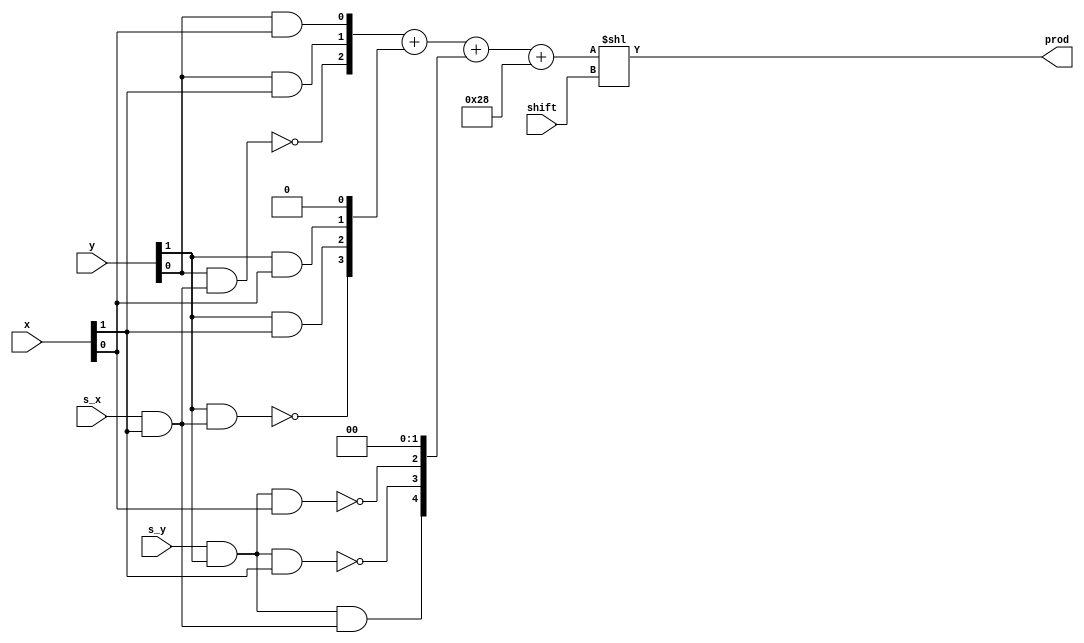
module bitbrick (
    input [1:0] x,
    input s_x,
    input [1:0] y,
    input s_y,
    input [2:0] shift,
    output [9:0] prod
    );

    /* ORIGINAL VERSION */

    /*wire [2:0] x1, y1;
    wire ha0_co;
    wire fa0_sum, fa0_co;
    wire ha1_co;
    wire fa1_sum, fa1_co;
    wire ha2_co;
    wire [5:0] p;
    wire fa2_sum, fa2_co;

    assign x1[1:0] = x[1:0];
    assign y1[1:0] = y[1:0];

    assign x1[2] = s_x & x[1];
    assign y1[2] = s_y & y[1];

    assign p[0] = x1[0] & y1[0];

    half_adder ha0(
        .in1(x1[1] & y1[0]), 
        .in2(x1[0] & y1[1]), 
        .sum(p[1]), 
        .carry_out(ha0_co)
        );

    full_adder fa0(
        .in1(~(x1[0] & y1[2])), 
        .in2(x1[1] & y1[1]), 
        .carry_in(ha0_co),
        .sum(fa0_sum),
        .carry_out(fa0_co)
        );



    half_adder ha1(
        .in1(fa0_sum), 
        .in2(~(x1[2] & y1[0])), 
        .sum(p[2]), 
        .carry_out(ha1_co)
        );

    full_adder fa1(
        .in1(~(x1[1] & y1[2])), 
        .in2(~(x1[2] & y1[1])), 
        .carry_in(fa0_co),
        .sum(fa1_sum),
        .carry_out(fa1_co)
        );


    full_adder ha2(
        .in1(fa1_sum), 
        .in2(ha1_co), 
        .carry_in(1'b1),
        .sum(p[3]), 
        .carry_out(ha2_co)
        );
    // half_adder ha2(
    //     .in1(fa1_sum), 
    //     .in2(ha1_co), 
    //     .sum(p[3]), 
    //     .carry_out(ha2_co)
    //     );

    full_adder fa2(
        .in1(fa1_co), 
        .in2(x1[2] & y1[2]), 
        .carry_in(ha2_co),
        .sum(p[4]),
        .carry_out(fa2_co)  
        );

    half_adder ha3(
        .in1(fa2_co),
        .in2(1'b1),
        .sum(p[5])
    );    

    assign prod = (($signed(p) << 4) >>> 4) << shift; */

    /* CARRY CHAIN VERSION */

    wire [2:0] x1, y1;
    wire [5:0] p0, p1, p2;
    wire [5:0] p3 = 6'b101000;
    wire [5:0] p;
    

    assign x1[1:0] = x[1:0];
    assign y1[1:0] = y[1:0];

    assign x1[2] = s_x & x[1];
    assign y1[2] = s_y & y[1];

    assign p0 = {~(y1[0] & x1[2]), y1[0] & x1[1], y1[0] & x1[0]};
    assign p1 = {~(y1[1] & x1[2]), y1[1] & x1[1], y1[1] & x1[0]} << 1;
    assign p2 = {y1[2] & x1[2], ~(y1[2] & x1[1]), ~(y1[2] & x1[0]) } << 2;

    assign p = p0 + p1 + p2 + p3;    

    assign prod = (($signed(p) << 4) >>> 4) << shift; 

endmodule